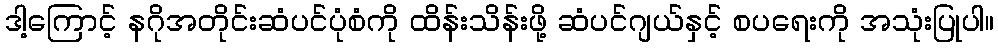
ဒါ့ကြောင့် နဂိုအတိုင်းဆံပင်ပုံစံကို ထိန်းသိန်းဖို့ ဆံပင်ဂျယ်နှင့် စပရေးကို အသုံးပြုပါ။